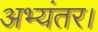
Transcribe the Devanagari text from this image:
अभ्यंतर।